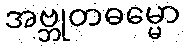
အဗ္ဘုတဓမ္မော